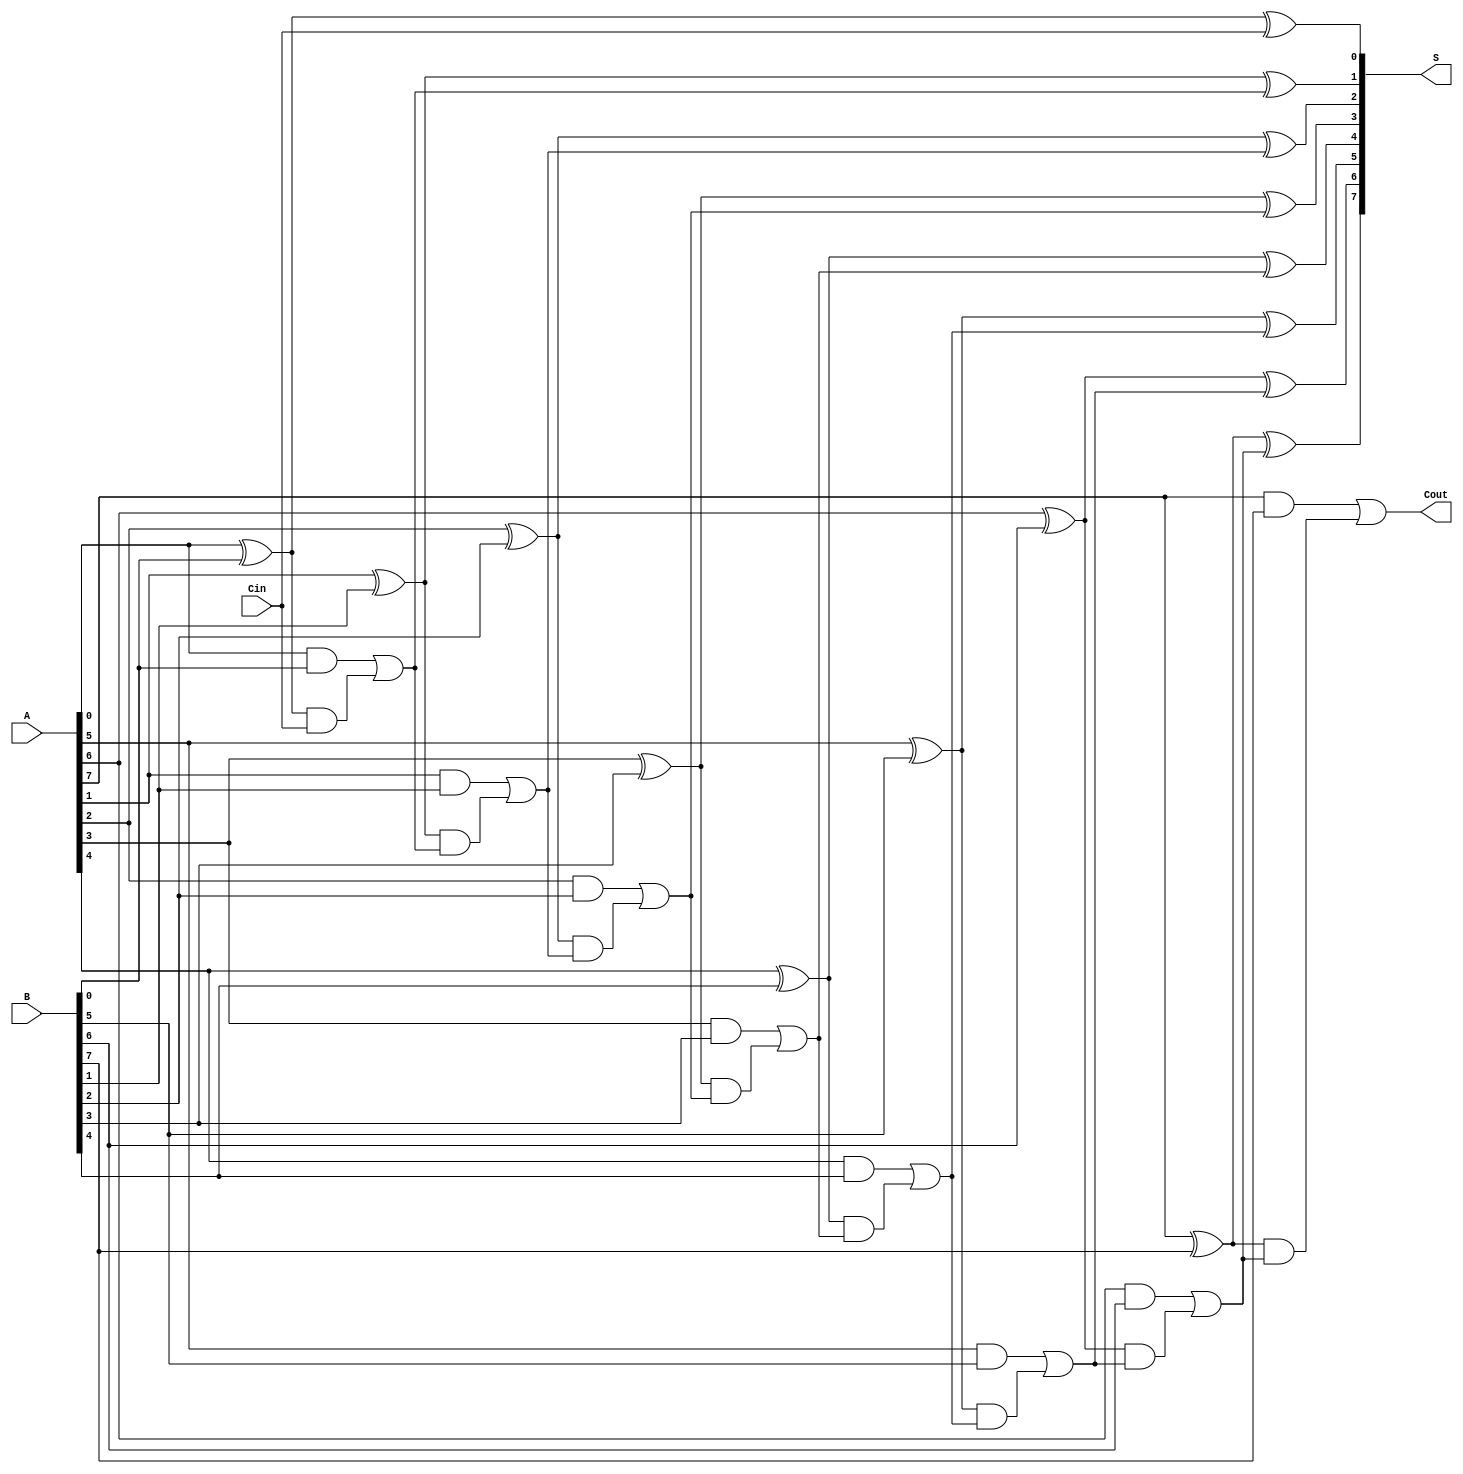
module LingAdder #(parameter N = 8) (
    input  wire [N-1:0] A,      // First binary number
    input  wire [N-1:0] B,      // Second binary number
    input  wire Cin,             // Carry-in
    output wire [N-1:0] S,       // Sum output
    output wire Cout             // Carry-out
);

    // Generate and propagate signals
    wire [N-1:0] G; // Generate
    wire [N-1:0] P; // Propagate
    wire [N:0] C;    // Carry signals

    // Carry signals initialization
    assign C[0] = Cin;

    // Generate and propagate logic
    genvar i;
    generate
        for (i = 0; i < N; i = i + 1) begin : gen_prop
            assign G[i] = A[i] & B[i];        // Generate
            assign P[i] = A[i] ^ B[i];        // Propagate
        end
    endgenerate

    // Carry generation logic
    generate
        for (i = 0; i < N; i = i + 1) begin : carry_gen
            assign C[i + 1] = G[i] | (P[i] & C[i]); // Carry-out
        end
    endgenerate

    // Sum calculation
    generate
        for (i = 0; i < N; i = i + 1) begin : sum_calc
            assign S[i] = P[i] ^ C[i]; // Sum
        end
    endgenerate

    // Final carry-out
    assign Cout = C[N];

endmodule